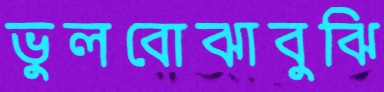
ভুলবোঝাবুঝি